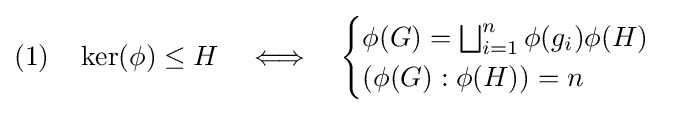
(1)\quad \ker(\phi )\leq H\quad \Longleftrightarrow \quad {\begin{cases}\phi (G)=\bigsqcup _{i=1}^{n}\phi (g_{i})\phi (H)\\(\phi (G):\phi (H))=n\end{cases}}